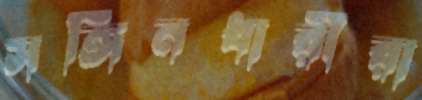
সঙ্গিনধারীরা